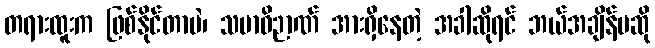
တရားထူးက ဖြစ်နိုင်တာပဲ၊ သမာဓိဉာဏ် အားရှိနေတဲ့ အခါဆိုရင် ဘယ်အချိန်မဆို